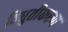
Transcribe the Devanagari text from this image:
विधुतीकरण